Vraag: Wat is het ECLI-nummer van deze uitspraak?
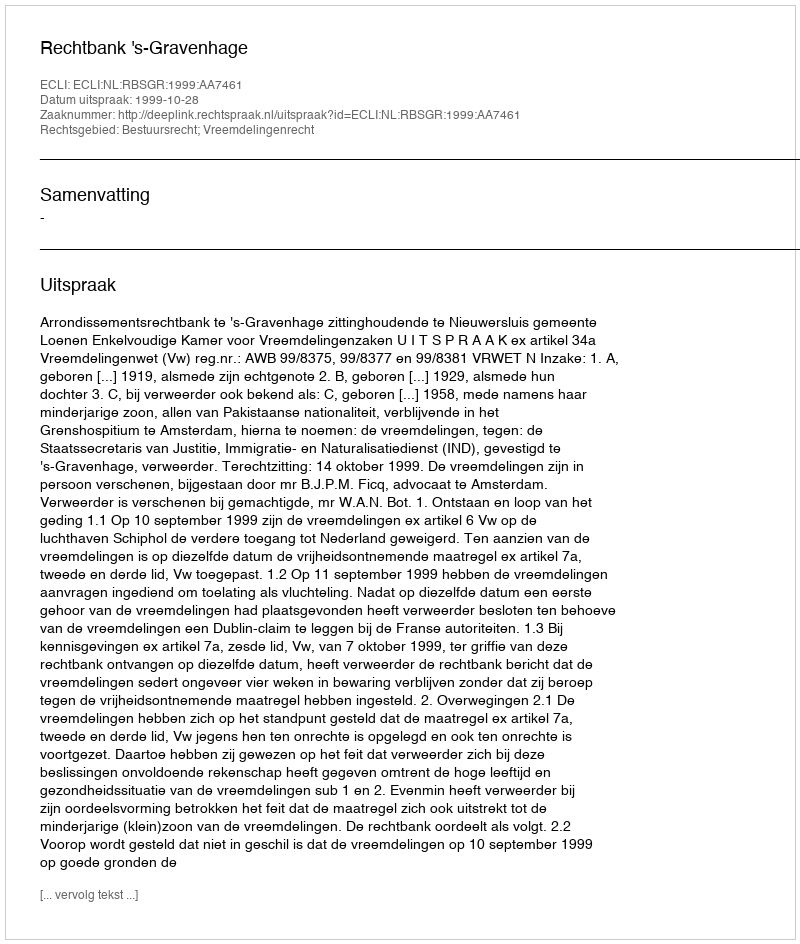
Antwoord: ECLI:NL:RBSGR:1999:AA7461